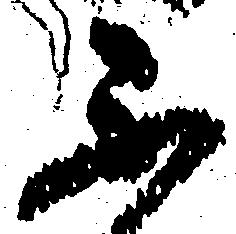
不